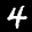
Label: 4